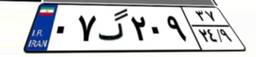
۰۷گ۲۰۹۳۷